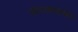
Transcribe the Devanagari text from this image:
चौलजवळच्या